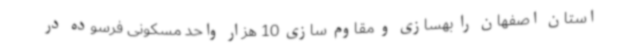
استان اصفهان را بهسازی و مقاوم سازی 10 هزار واحد مسکونی فرسوده در